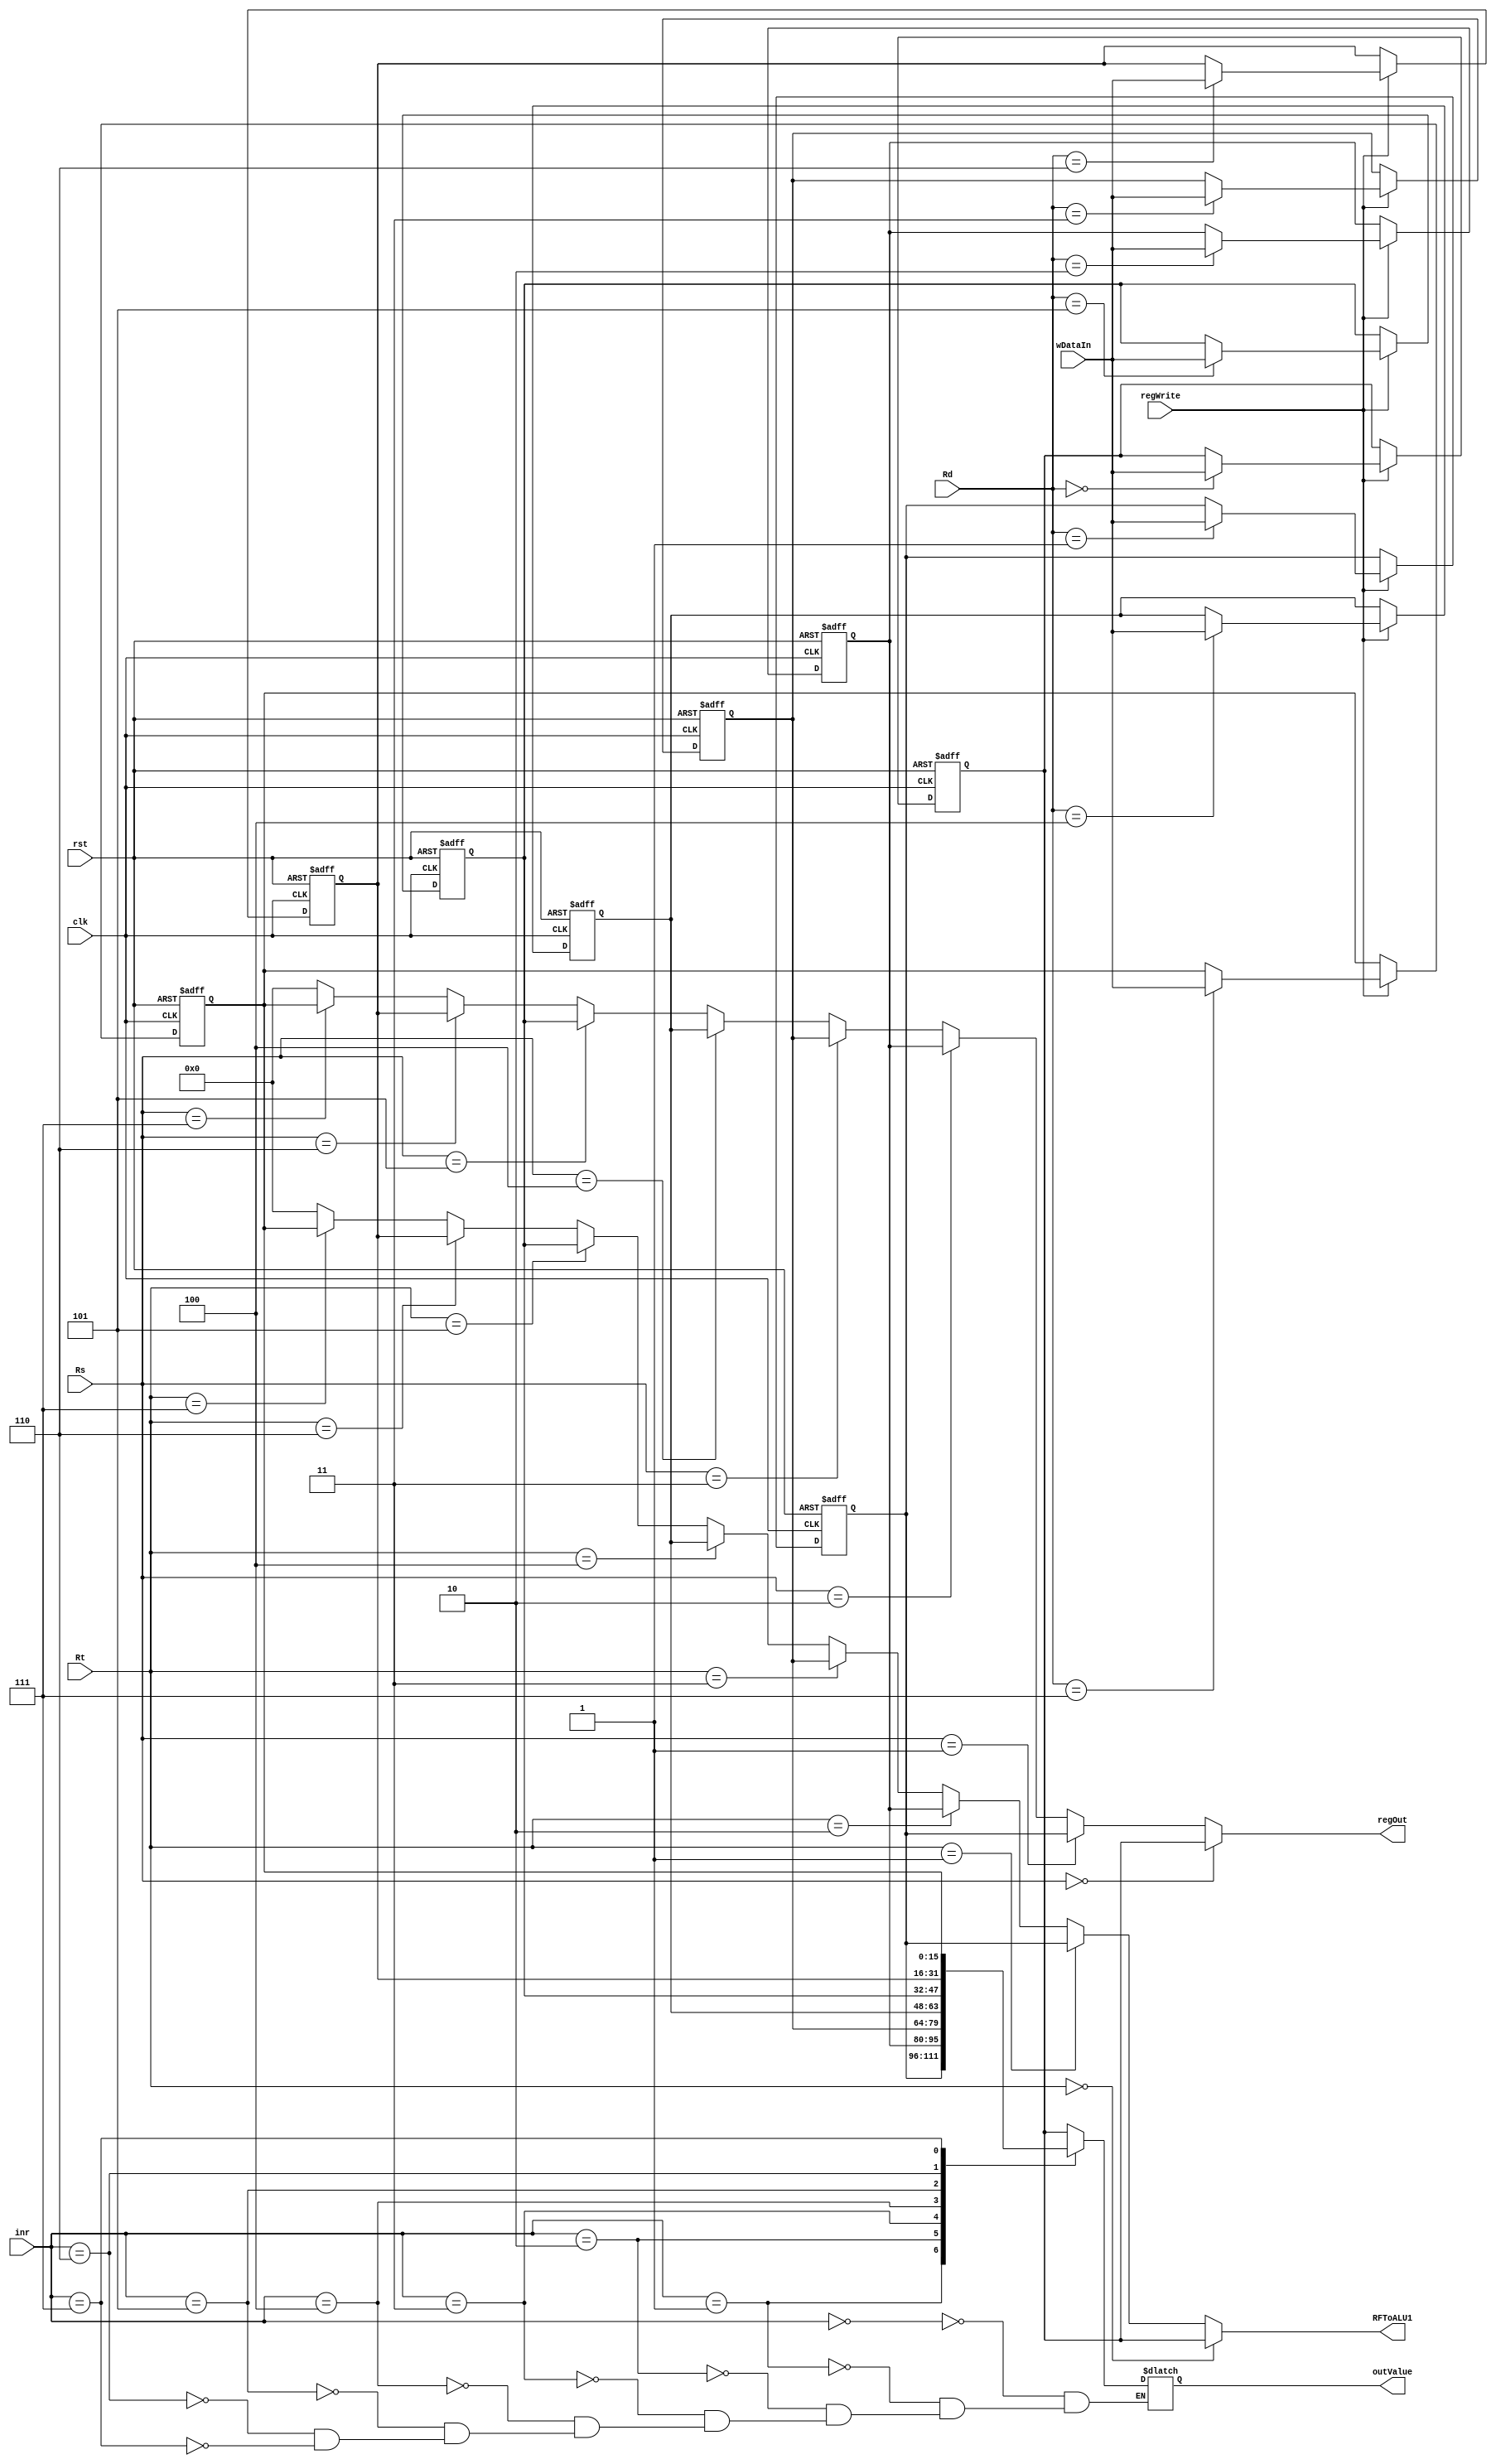
`timescale 1ns / 1ps
//////////////////////////////////////////////////////////////////////////////////
// Company:
// Engineer:
//
// Design Name:
// Module Name: Register File
// Project Name:
// Target Devices:
// Tool Versions:
// Description:
//
// Dependencies:
//
// Revision:
// Revision 0.01 - File Created
// Additional Comments:
//
//////////////////////////////////////////////////////////////////////////////////



module Register_File #(parameter integer N = 16)(
    input rst,
    input [2:0] Rt, //register address
    input [2:0] Rs,
    input [2:0] Rd,
    input signed [N-1:0] wDataIn,
    input regWrite, clk,
    output reg signed [N-1:0] regOut,
    output reg signed [N-1:0] RFToALU1,
    output reg signed [15:0] outValue,
    input [3:0] inr
    );

reg [N-1:0] reg0,reg1,reg2,reg3,reg4,reg5,reg6,reg7;

/*initial begin
#12
reg0 = 2;
reg1 = 2;
reg2 = 2;
reg3 = 2;
reg4 = 2;
reg5 = 2;
reg6 = 2;
reg7 = 2;
end*/

// assign outValue = outValueData;

always @(Rt or Rs or reg0 or reg1 or reg2 or reg3 or reg4 or reg5 or reg6 or reg7) begin
RFToALU1 <= Rt == 0 ? reg0 : //could this be the source of my infinite loop??? does this statement evaluate again if the values of the registers change?
                  Rt == 1 ? reg1 :
                  Rt == 2 ? reg2 :
                  Rt == 3 ? reg3 :
                  Rt == 4 ? reg4 :
                  Rt == 5 ? reg5 :
                  Rt == 6 ? reg6 :
                  Rt == 7 ? reg7 : 0;

regOut <= Rs == 0 ? reg0 :
                Rs == 1 ? reg1 :
                Rs == 2 ? reg2 :
                Rs == 3 ? reg3 :
                Rs == 4 ? reg4 :
                Rs == 5 ? reg5 :
                Rs == 6 ? reg6 :
                Rs == 7 ? reg7 : 0;
end

always@(negedge clk or posedge rst)
begin
if (rst) begin
    reg0 <= 0;
    reg1 <= 0;
    reg2 <= 0;
    reg3 <= 0;
    reg4 <= 0;
    reg5 <= 0;
    reg6 <= 0;
    reg7 <= 0;
    end
else if (regWrite) begin
    case (Rd)
        0: reg0 <= wDataIn;
        1: reg1 <= wDataIn;
        2: reg2 <= wDataIn;
        3: reg3 <= wDataIn;
        4: reg4 <= wDataIn;
        5: reg5 <= wDataIn;
        6: reg6 <= wDataIn;
        7: reg7 <= wDataIn;
    endcase
  end
else begin
reg0 <= reg0;
reg1 <= reg1;
reg2 <= reg2;
reg3 <= reg3;
reg4 <= reg4;
reg5 <= reg5;
reg6 <= reg6;
reg7 <= reg7;
end
  end

always@(reg0 or reg1 or reg2 or reg3 or reg4 or reg5 or reg6 or reg7 or inr) begin
case(inr)
    0: outValue <= reg0;
    1: outValue <= reg1;
    2: outValue <= reg2;
    3: outValue <= reg3;
    4: outValue <= reg4;
    5: outValue <= reg5;
    6: outValue <= reg6;
    7: outValue <= reg7;
    default: outValue <= outValue;
    endcase
end
endmodule